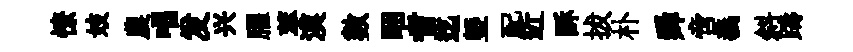
憭妓農唱发兴臞萃漠數睏耆迄塈配近酥拔朴舜啻義斜躊